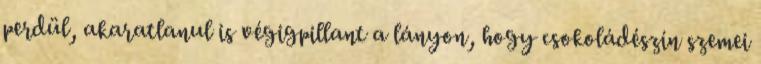
perdül, akaratlanul is végigpillant a lányon, hogy csokoládészín szemei